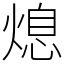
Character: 熄